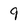
Character: 9